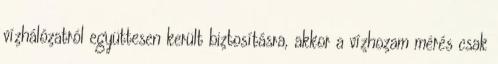
vízhálózatról együttesen került biztosításra, akkor a vízhozam mérés csak